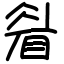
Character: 睂